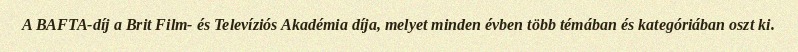
A BAFTA-díj a Brit Film- és Televíziós Akadémia díja, melyet minden évben több témában és kategóriában oszt ki.